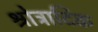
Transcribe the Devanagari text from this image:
श्रोत्रादिक